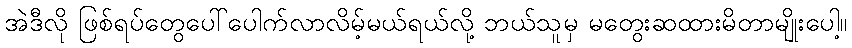
အဲဒီလို ဖြစ်ရပ်တွေပေါ်ပေါက်လာလိမ့်မယ်ရယ်လို့ ဘယ်သူမှ မတွေးဆထားမိတာမျိုးပေါ့။